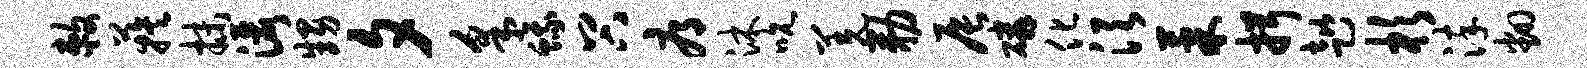
敕蔟抹洒甥夕采蛾谷辱沐吮羌勒辰磷化须果揖趑杉淬翻